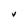
Character: V